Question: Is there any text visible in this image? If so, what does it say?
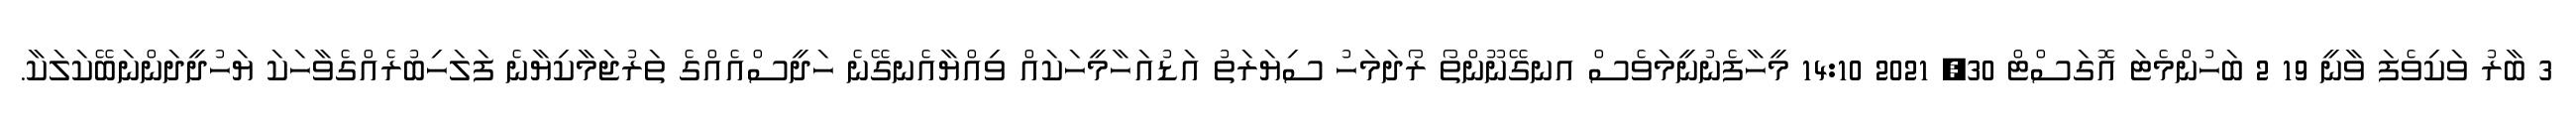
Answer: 3 ބާރު ވަކިވެފަ ވާނީ 19 2 ބަހުންމެޓަ އޮގަސްޓް 30, 2021 14:10 މީހާފެނުނީމަވެސް އނގޭނޫންތޯ ރޯދަމަހު ސިޔަރަތު އަޑުއަހާމީހަކައް ވިއްޔާއެނގޭނެ ހަދީސްއެއްގެ ތަރުޖަމާކިޔާނެ ފަލަހިބުރެއްގެވާހަކަ ޔަހުދީދަންނަބޭކަލަކާ.